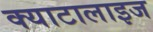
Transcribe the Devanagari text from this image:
क्याटालाइज